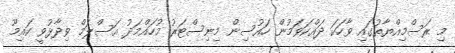
މި ރަސްމިއްޔާތުގައި ވާހަކަ ދައްކަވަމުން ހައުސިން މިނިސްޓަރު މުހައްމަދު އަސްލަމް ވިދާޅުވީ ކައިމޫ